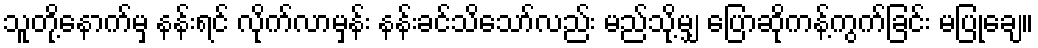
သူတို့နောက်မှ နန်းရင် လိုက်လာမှန်း နန်းခင်သိသော်လည်း မည်သို့မျှ ပြောဆိုကန့်ကွက်ခြင်း မပြုချေ။